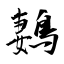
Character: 鶈